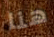
هنا